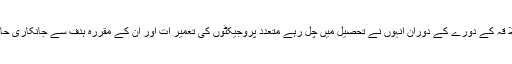
تریاٹھ علا قہ کے دورے کے دوران انہوں نے تحصیل میں چل رہے متعدد پروجیکٹوں کی تعمیر ات اور ان کے مقررہ ہدف سے جانکاری حاصل کی ۔